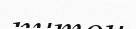
питон